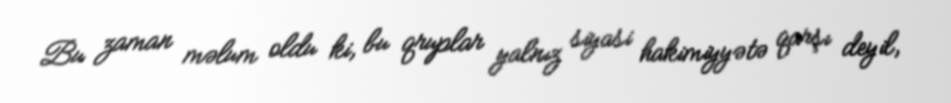
Bu zaman məlum oldu ki, bu qruplar yalnız siyasi hakimiyyətə qarşı deyil,